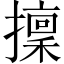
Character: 𢶸